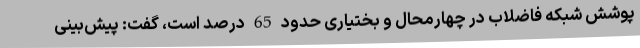
پوشش شبکه فاضلاب در چهارمحال و بختیاری حدود 65 درصد است، گفت: پیش‌بینی